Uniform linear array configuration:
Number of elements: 24
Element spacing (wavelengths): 0.25
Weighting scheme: uniform
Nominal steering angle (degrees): -15
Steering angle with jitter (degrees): -14.208
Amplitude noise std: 0.05
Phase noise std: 0.05

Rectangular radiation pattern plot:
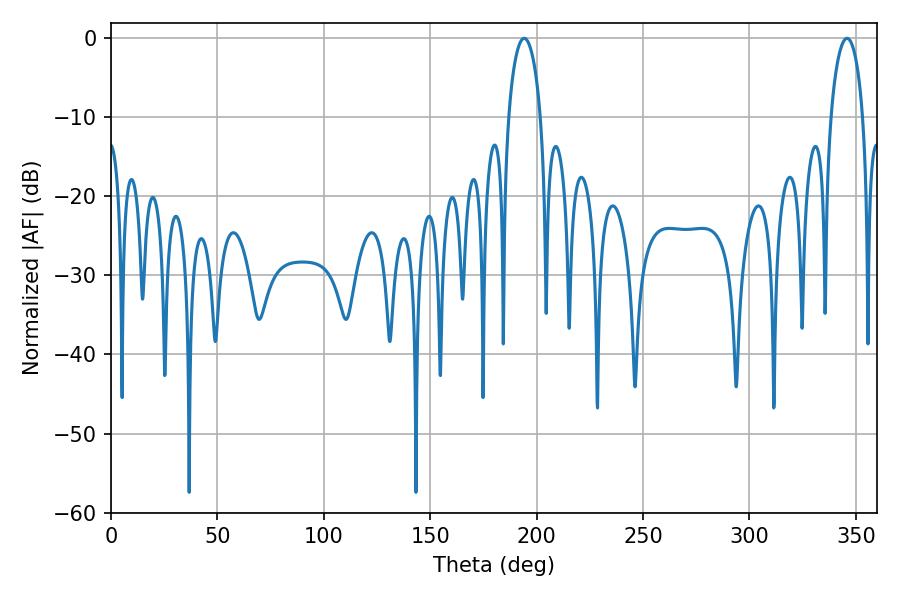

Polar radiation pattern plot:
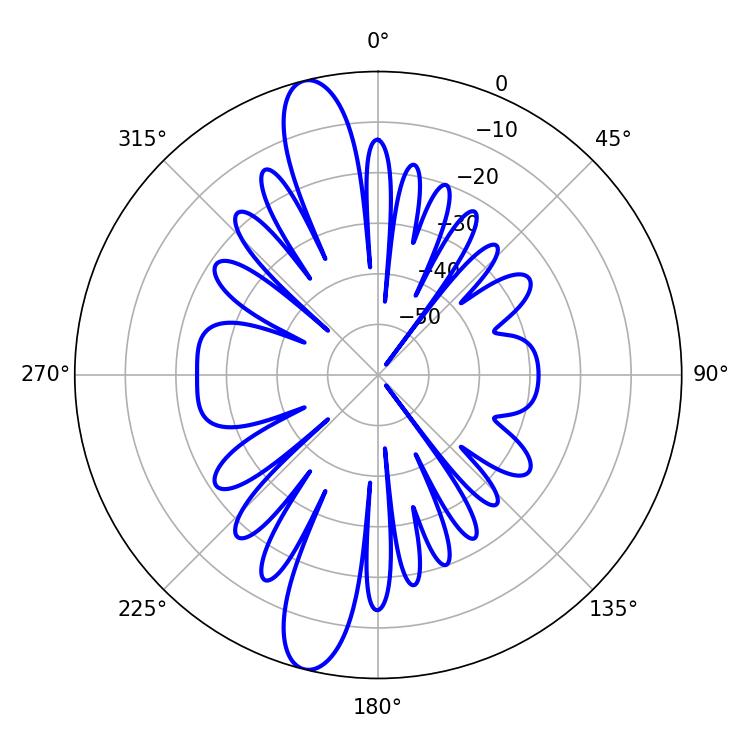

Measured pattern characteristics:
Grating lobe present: FALSE
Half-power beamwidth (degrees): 8.64
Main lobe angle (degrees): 194.22